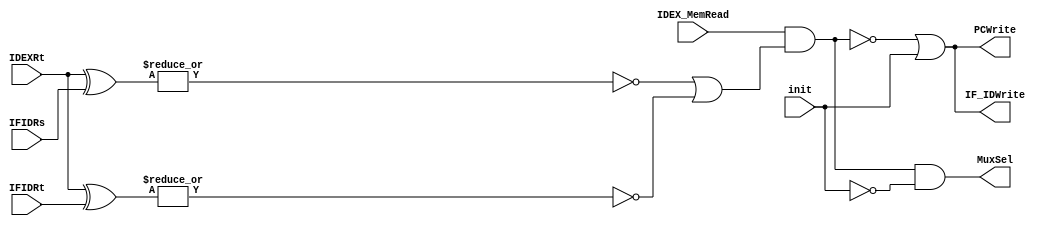
`timescale 1ns / 1ps

module HzdDetection_Unit(
    output IF_IDWrite,
    output PCWrite,
    output MuxSel,
    input IDEX_MemRead,
    input [4:0] IDEXRt,
    input [4:0] IFIDRs,
    input [4:0] IFIDRt,
    input init
    );
    
    wire check1,check2,set;
    
    assign check1 = ~|(IDEXRt ^ IFIDRs);
    assign check2 = ~|(IDEXRt ^ IFIDRt);
    
    assign set = IDEX_MemRead & (check1 | check2);
    
    assign IF_IDWrite = ~set | init;
    assign PCWrite = ~set | init;
    assign MuxSel = set & ~init;
    
endmodule